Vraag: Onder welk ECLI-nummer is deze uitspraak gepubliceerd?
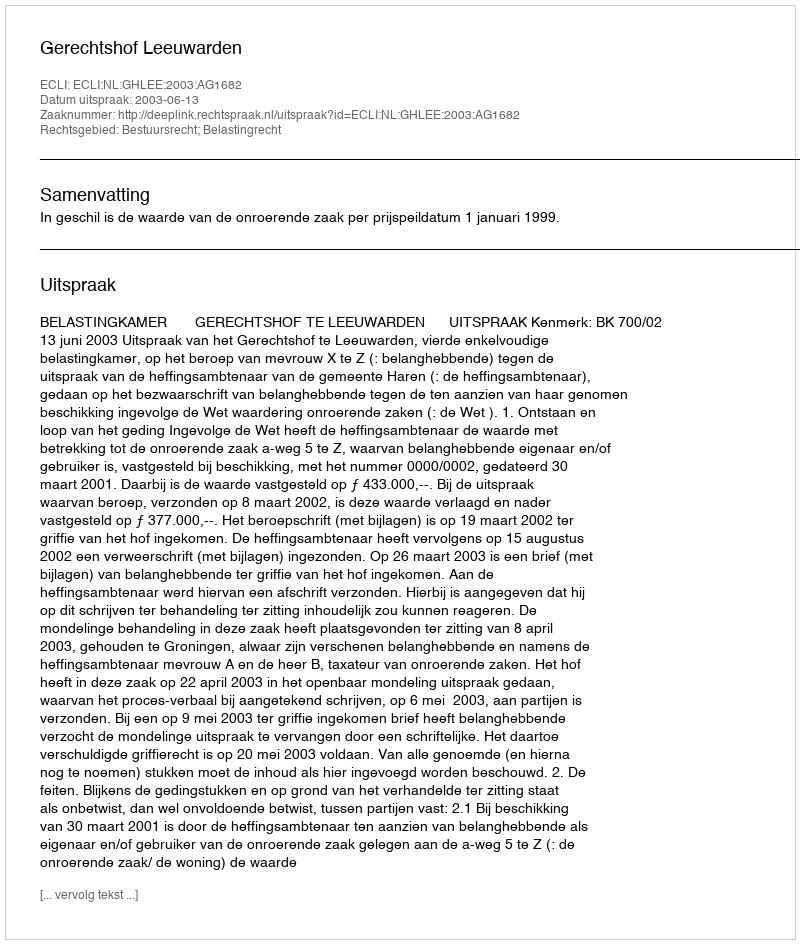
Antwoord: ECLI:NL:GHLEE:2003:AG1682